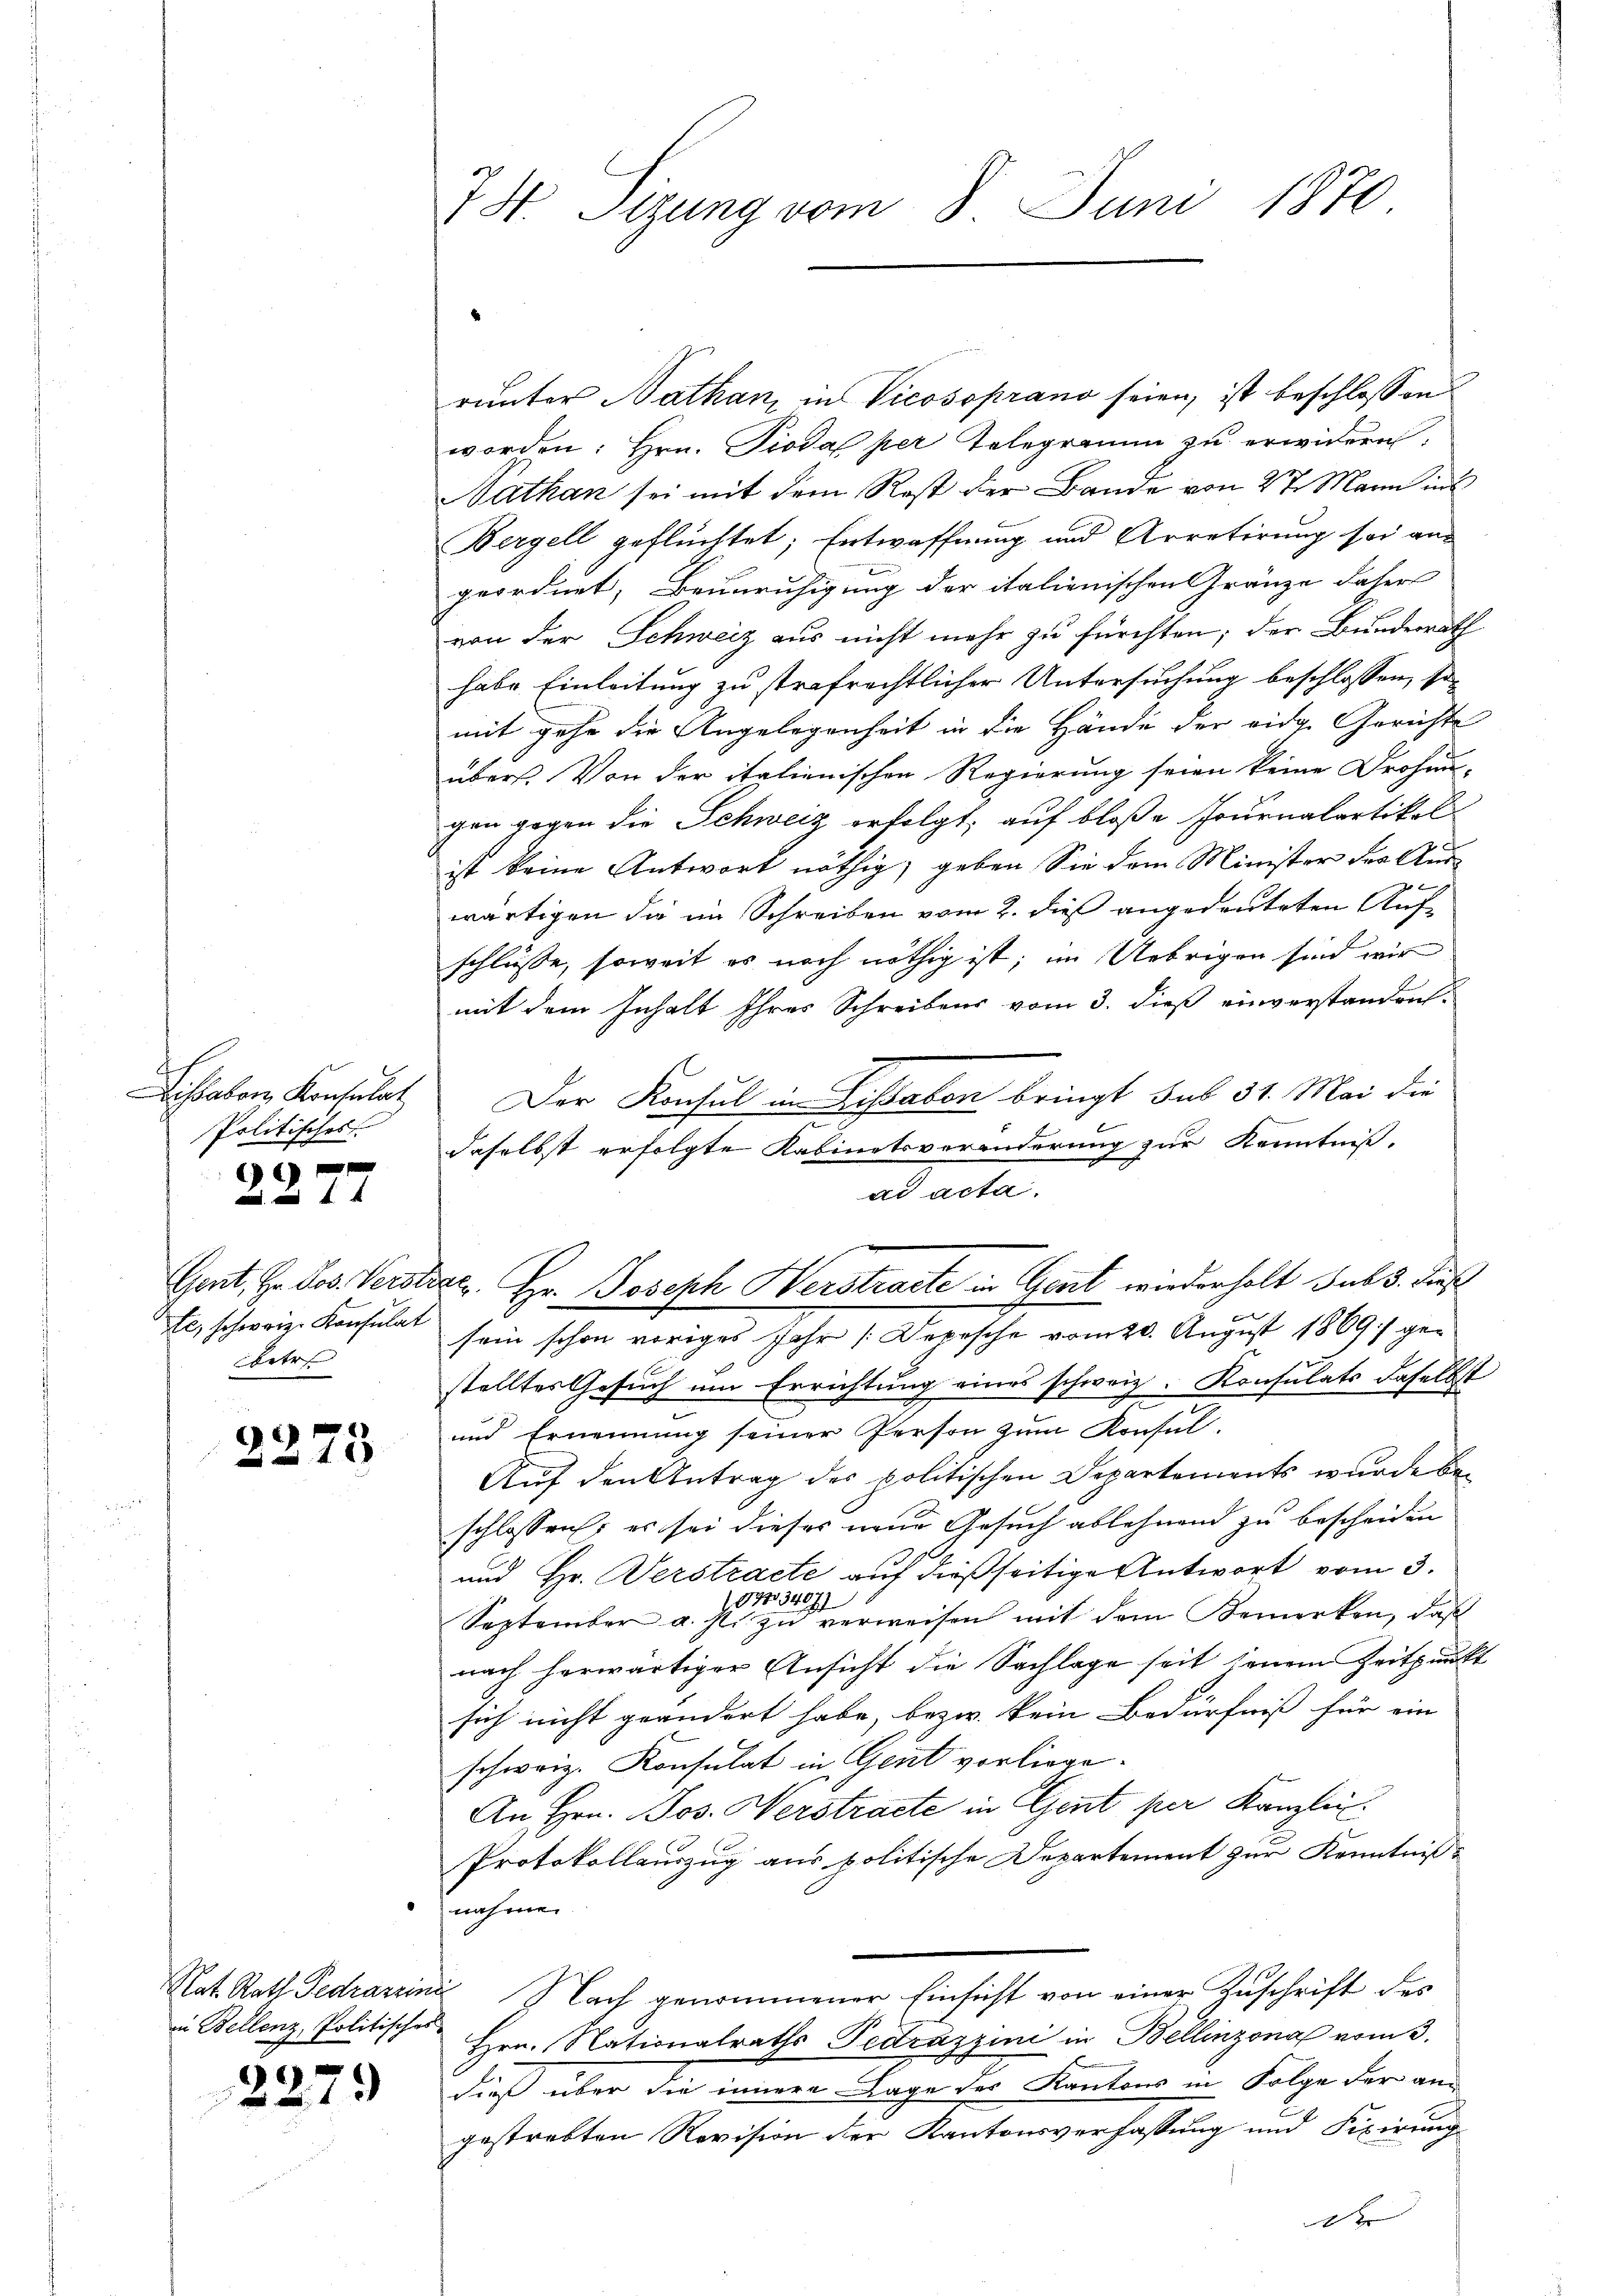
Politisches
6

betr

2275

in Bellenz, Politisches

2279

räuter Nathan, in Vicossprano seien, ist beschlossen
worden: Hrn. Pioda per Telegramm zu erwidern,
Nathan sei mit dem Rest der Bande von 27. Mann ins
Bergell geflüchtet; Entwaffnung und Arretirung sei aus
geordnet, Beunruhigung der italienischen Gränze daher
von der Schweiz aus nicht mehr zu fürchten; der Bundesrath
habe Einleitung zu strafrechtlicher Untersuchung beschlossen, so
mit gehe die Angelegenheit in die Hände der eidg. Gerichte
übers. Von der italienischen Regierung seien keine Drohun-
gen gegen die Schweiz erfolgt, auf bloße Journalartikel
ist keine Antwort nöthig, geben Sie dem Minister der Aus-

wärtigen die im Schreiben vom 2. dieß angedeuteten Aufschlüsse, soweit es noch nöthig ist; im Uebrigen sind wir
mit dem Inhalt Ihres Schreibens vom 3. dieß einverstanden.
Sissabon Konsulat. Der Konsul in Lissabon bringt sub 31. Mai die
daselbst erfolgte Kabinetsveränderung zur Kenntniß.
ad acta.
te, schweiz. Konsulat sein schon voriges Jahr (Depische vom 20. August 1869] gestelltes Gesuch um Errichtung eines schweiz. Konsulats daselbst
und Ernennung seiner Person zum Konsul-
Auf den Antrag der politischen Departements wurde beschlossen; es sei dieses neue Gesuch ablehnend zu bescheiden
und Hr. Verstracte auf dießseitige Antwort vom 3.
73407/
September a. p. zŭ verweisen mit dem Bemerken, daß
nach herwärtiger Ansicht die Sachlage seit jenem Zeitpunkt
sich nicht geändert habe, bezw. kein Bedürfniß für ein
schweiz. Konsulat in Gent vorliege.
An Hrn. Jos. Werstracte in Gent per Kanzlei.
Protokollauszug aus politische Departement zur Kenntniß
nahmen
Nat. Rath Fedrazzini Nach genommener Einsicht von einer Zuschrift des
Hrn. Nationalraths Tedrazzini in Bellinzona vom 3.
dieß über die innere Lage des Kantons in Folge der an
gestrebten Revision der Kantonsverfassung und Fixirung
4

74. Sizung vom 8. Juni 1870

Gent, Hr. Jos. Verstier. Hr. Joseph Herstracte in Gent wiederholt sub 3. dieß